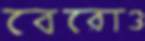
বেরোও